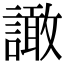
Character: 譀